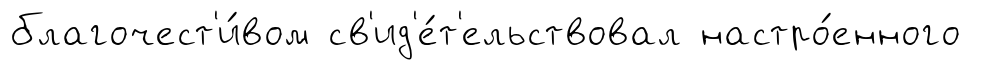
благочест'и́вом св'ид'е́т'ельствовал настро́енного